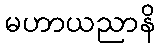
မဟာယညာနိ